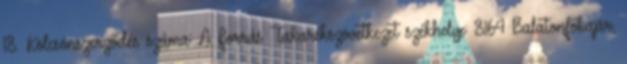
18. Kölcsönszerződés száma: A Forrás Takarékszövetkezet székhelye: 8164 Balatonfőkajár,